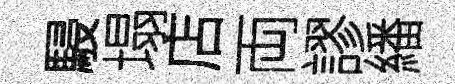
駸塌店両謬繙